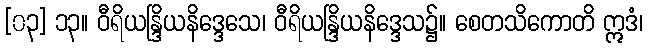
[၀၃] ၁၃။ ဝီရိယန္ဒြိယနိဒ္ဒေသေ၊ ဝီရိယန္ဒြိယနိဒ္ဒေသ၌။ စေတသိကောတိ ဣဒံ၊